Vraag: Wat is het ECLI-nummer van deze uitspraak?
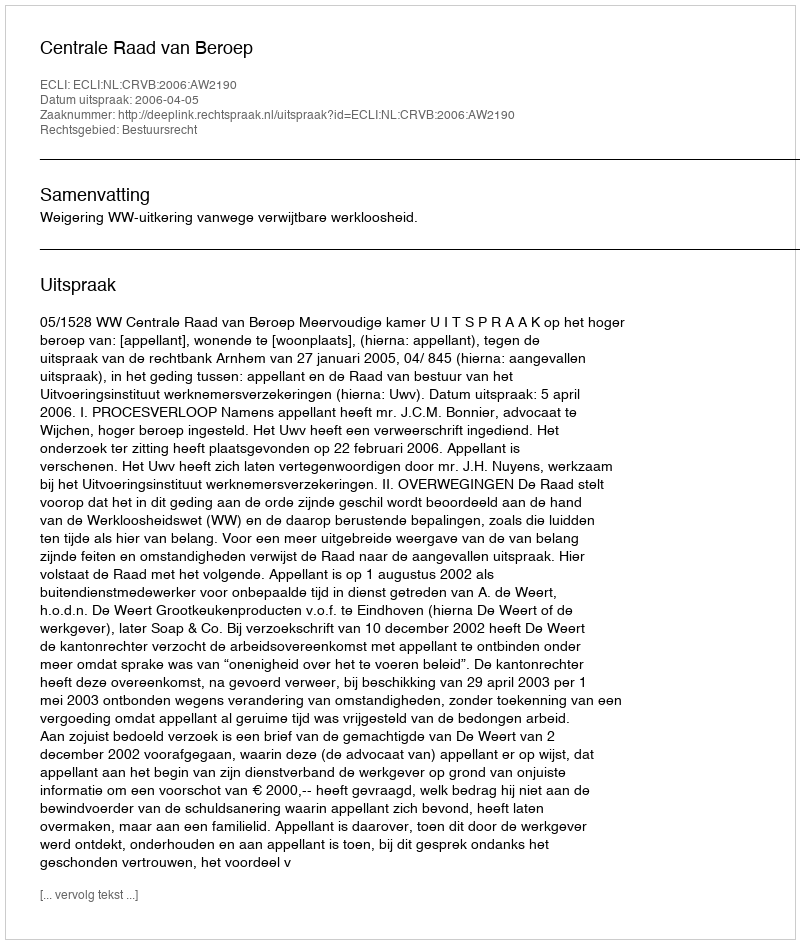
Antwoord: ECLI:NL:CRVB:2006:AW2190